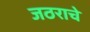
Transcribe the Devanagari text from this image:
जठराचे